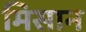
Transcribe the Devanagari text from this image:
मिसान